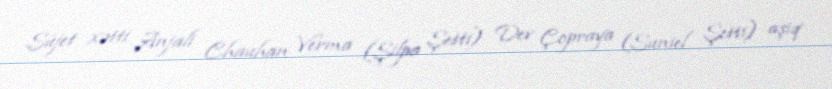
Süjet xətti Anjali Chauhan Verma (Şilpa Şetti) Dev Çopraya (Suniel Şetti) aşiq